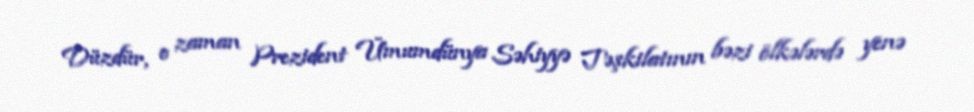
Düzdür, o zaman Prezident Ümumdünya Səhiyyə Təşkilatının bəzi ölkələrdə yenə